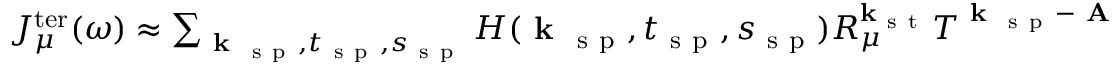
\begin{array} { r } { J _ { \mu } ^ { \mathrm { t e r } } ( \omega ) \approx \sum _ { \textbf { k } _ { \mathrm { ~ s ~ p ~ } } , t _ { \mathrm { ~ s ~ p ~ } } , s _ { \mathrm { ~ s ~ p ~ } } } H ( \textbf { k } _ { \mathrm { ~ s ~ p ~ } } , t _ { \mathrm { ~ s ~ p ~ } } , s _ { \mathrm { ~ s ~ p ~ } } ) R _ { \mu } ^ { \mathbf { k } _ { \mathrm { ~ s ~ t ~ } } } T ^ { \textbf { k } _ { \mathrm { ~ s ~ p ~ } } - \textbf { A } ( t _ { \mathrm { ~ s ~ p ~ } } ) + \textbf { A } ( s _ { \mathrm { ~ s ~ p ~ } } ) } e ^ { - i \left( S ^ { \mu } ( \textbf { k } _ { \mathrm { ~ s ~ p ~ } } , t _ { \mathrm { ~ s ~ p ~ } } , s _ { \mathrm { ~ s ~ p ~ } } ) - \omega t _ { \mathrm { ~ s ~ p ~ } } \right) } + \mathrm { ~ c ~ . ~ c ~ . ~ } } \end{array}